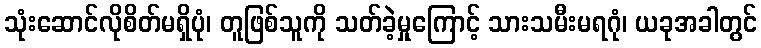
သုံးဆောင်လိုစိတ်မရှိပုံ၊ တူဖြစ်သူကို သတ်ခဲ့မှုကြောင့် သားသမီးမရဂုံ၊ ယခုအခါတွင်